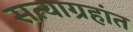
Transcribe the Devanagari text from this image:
सत्याग्रहांत